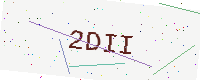
Text: 2DII